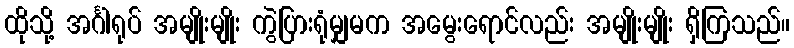
ထိုသို့ အင်္ဂါရုပ် အမျိုးမျိုး ကွဲပြားရုံမျှမက အမွေးရောင်လည်း အမျိုးမျိုး ရှိကြသည်။